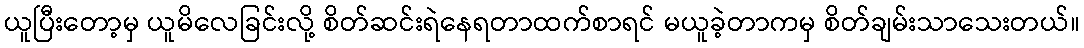
ယူပြီးတော့မှ ယူမိလေခြင်းလို့ စိတ်ဆင်းရဲနေရတာထက်စာရင် မယူခဲ့တာကမှ စိတ်ချမ်းသာသေးတယ်။